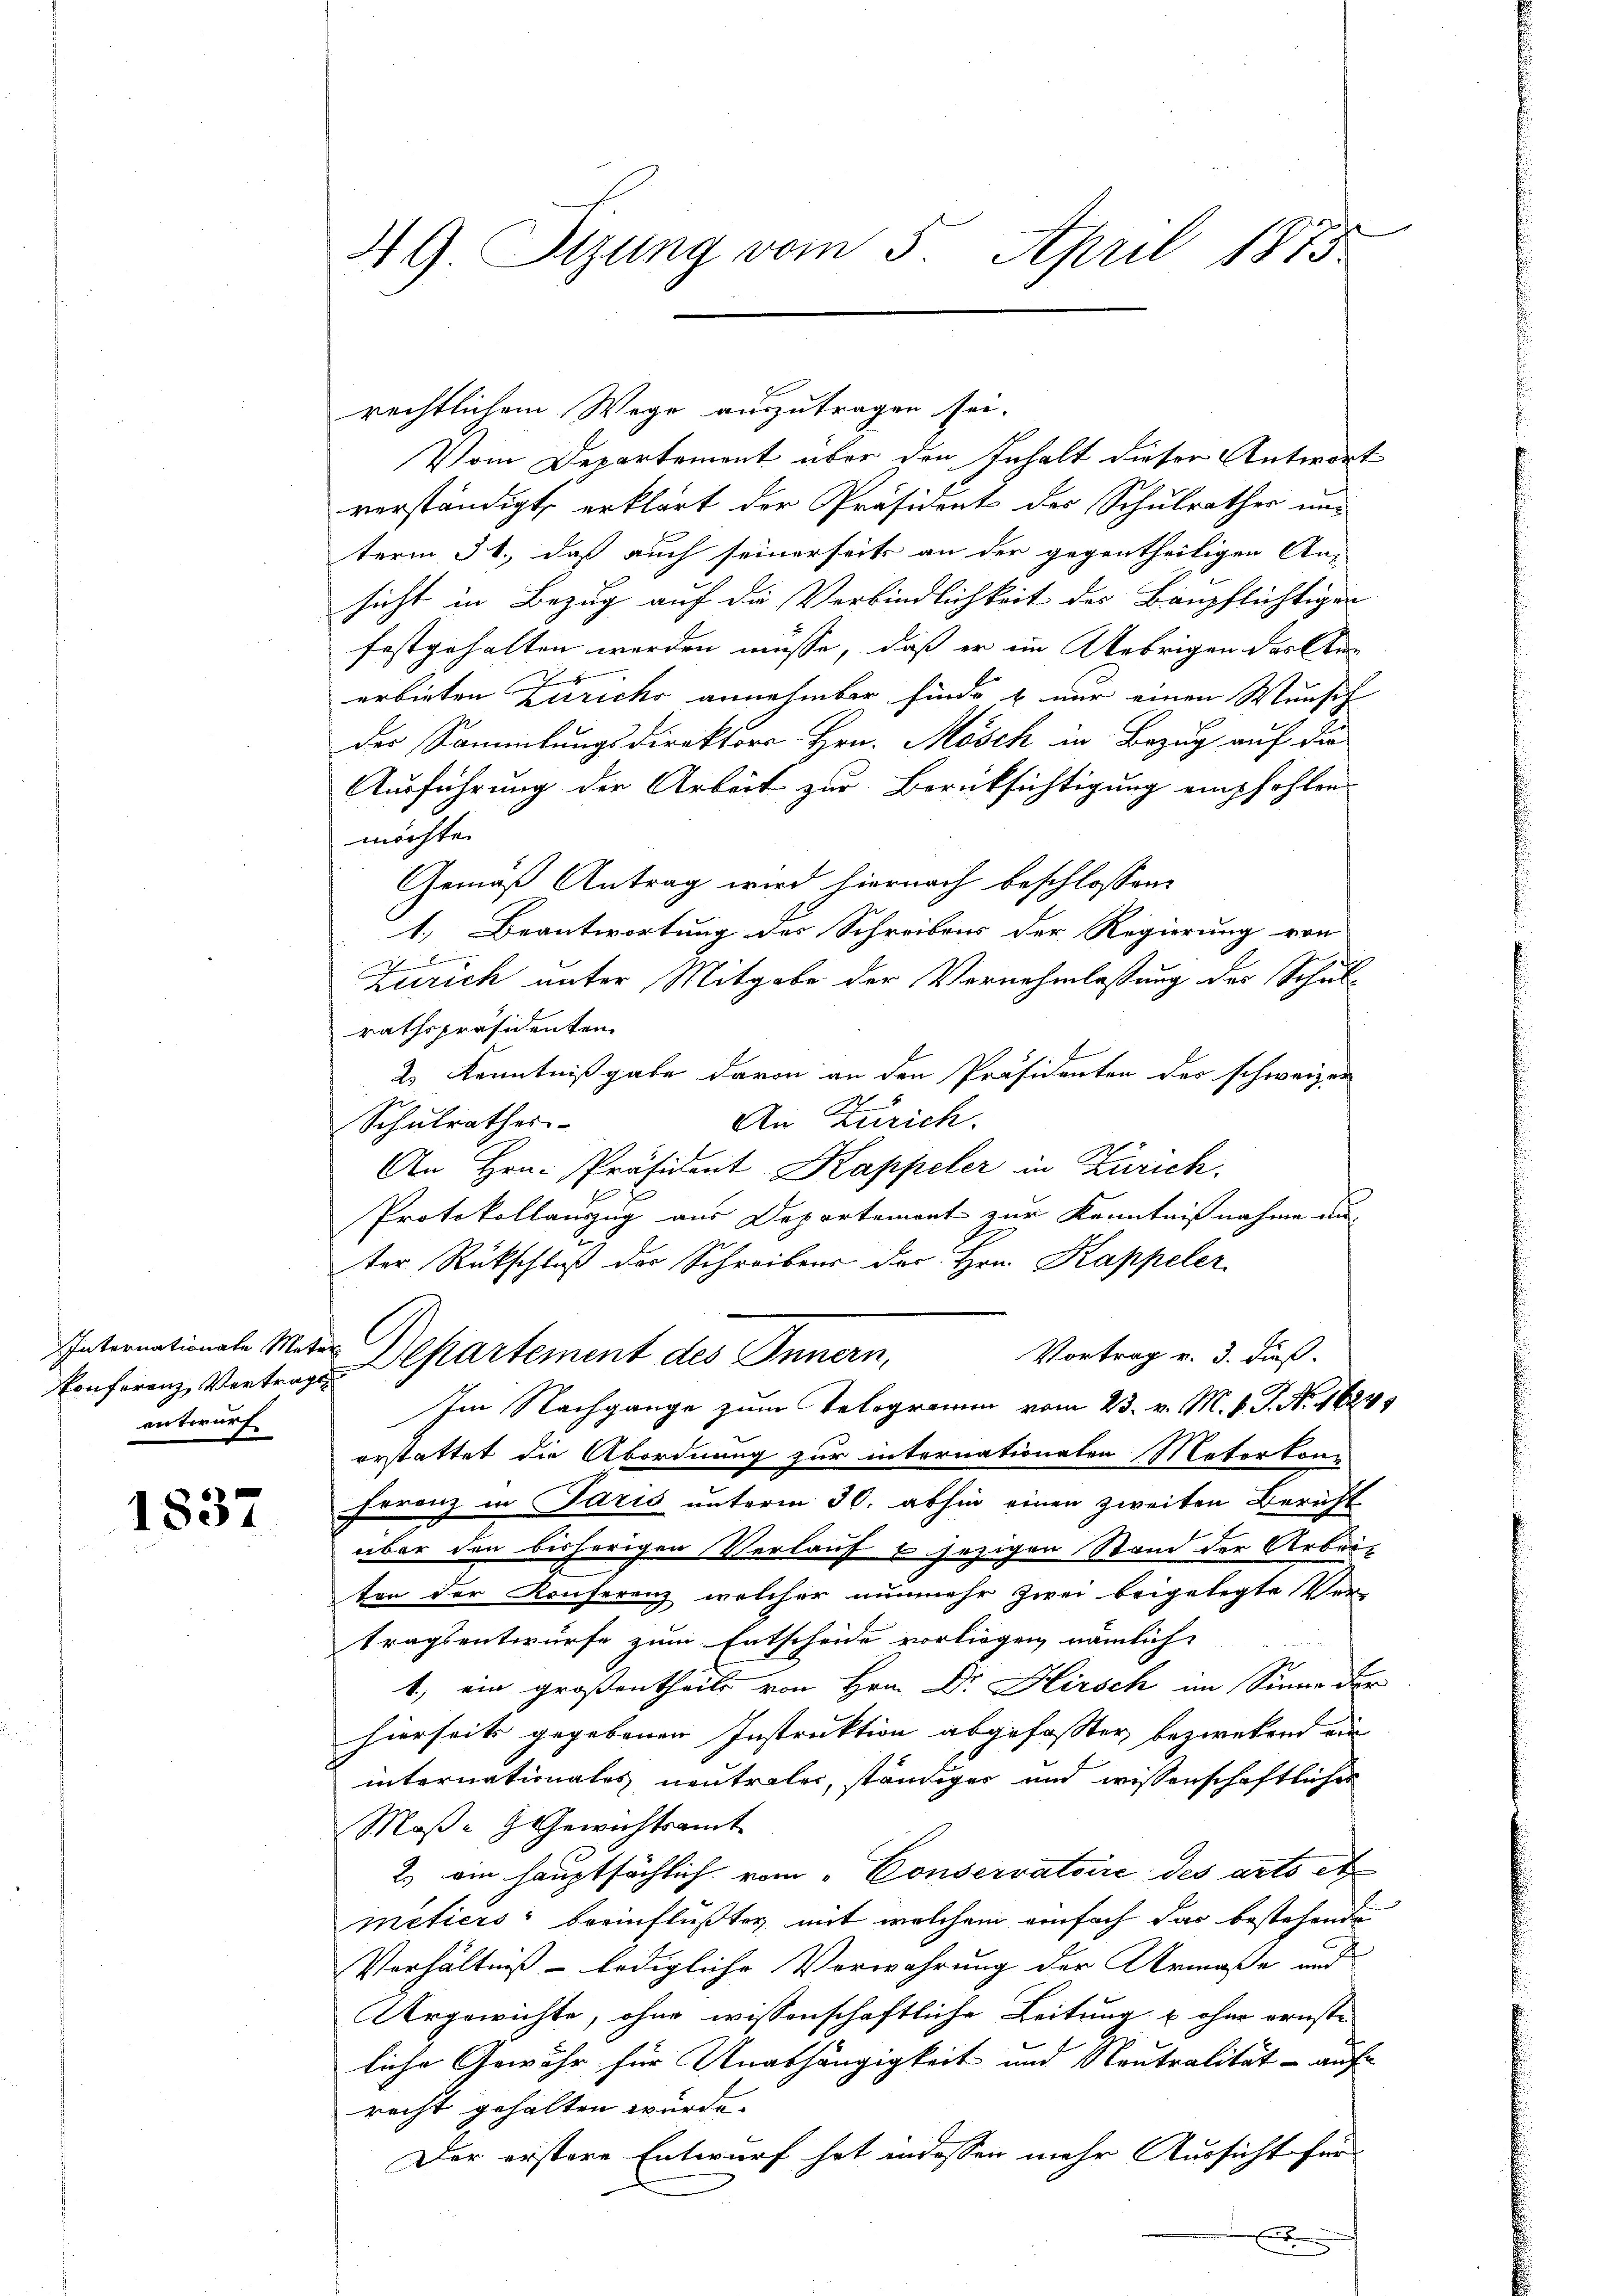
Internationale Meta
Konferenz, Vertrags
entwurf

1837

49 Tizung vom 5. April 1873.

rechtlichem Wege auszutragen sei.
Vom Departement über den Inhalt dieser Antwort
verständigt erklärt der Präsident des Schulrathes und
term 31., daß auch seinerseits an der gegentheiligen An-
sicht in Bezug auf die Verbindlichkeit des Baupflichtigen
festgehalten werden müsse, daß er im Uebrigen das Kan
erbieten Zürichs annehmbar finde & nur einen Wunsch |
der Sammlungsdirektors Hrn. Mösch in Bezug auf die
Ausführung der Arbeit zur Berüksichtigung empfohlen.
möchte.
Gemäß Antrag wird hiernach beschlossen:
1.) Beantwortung des Schreibens der Regierung von
1
Zürich unter Mitgabe der Vornehmlassung des Schul-
rathspräsidenten
2) Kenntnißgabe davon an den Präsidenten des schweizer
An Zürich.
Schulrathes
An Hrn. Präsident Kappeler in Zürich.
Protokollanzug aus Departement zur Kenntnißnahme au-
ter Rückschluß der Schreibens der Hrn. Kappeler.
Vortrag v. 3. dieß.
Departement des Innern.
Im Nachgange zum Telegramm vom 23. v. M. v. J. No. 16245
erstattet die Abordnung zur internationalen Nater kon-
Ferenz in Paris unterm 30. abhin einen zweiten Bericht
über den bisherigen Verlauf 2 jezigen Stand der Arbei-
ton der Konferenz, welcher nunmehr zwei beigelegte Ver-
tragsentwurfe zum Entscheide vorliegen nämlich
1, ein großentheile von Hrn. Dr. Hirsch im Sinne der
hierseits gegebenen Instruktion abgefasster bezweckend ein
internationales neutraler, ständiger und wissenschaftliches
Moße Gewichtsamt
2) am hauptsächlich vom Conservatoire des arts et
meticis beeinflußten mit welchem einfach das bestehende
Verhältniß - ledigliche Verwahrung der Armaße und
Argewichte, ohne wissenschaftliche Leitung u ohne ernste
liche Gewähr für Unabhängigkeit und Neutralität - auf
recht gehalten wurde.
Der erstere Entwurf hat indessen mehr Aussicht für
x